Report on horse surra - Volume II, Part II
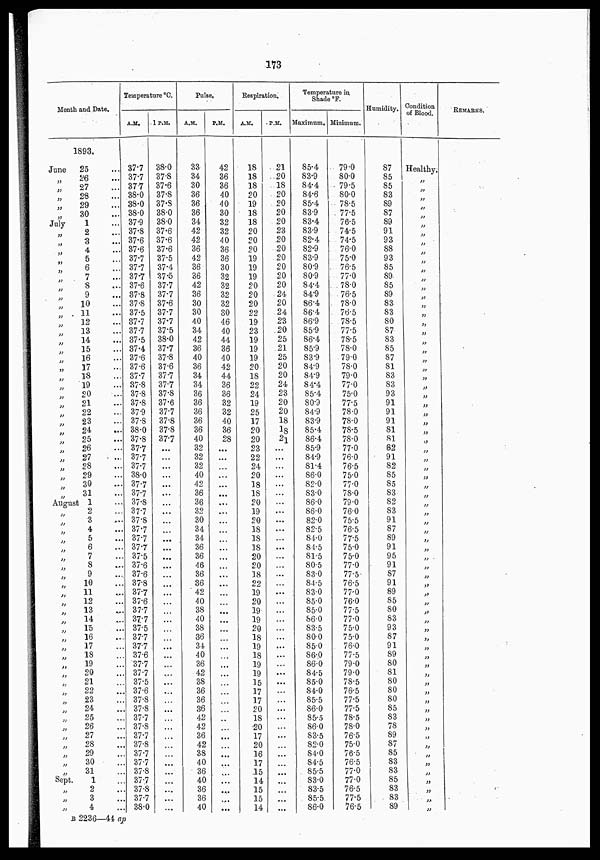
173
Month and Date.
1893.
June
25 ...
„ 26 ...
„ 27 ...
„ 28 ...
„
29 ...
„ 30 ...
July
1 ...
„ 2 ...
„ 3 ...
„ 4 ...
„ 5 ...
„ 6 ...
„ 7 ...
„ 8 ...
„ 9 ...
„ 10 ...
„ 11 ...
„ 12 ...
„
13 ...
„ 14 ...
„ 15 ...
„ 16 ...
„ 17 ...
„
18 ...
„
19 ...
„
20 ...
„
21 ...
„ 22 ...
„
23 ...
„ 24 ...
„
25 ...
„
26 ...
„
27 ...
„
28 ...
„
29 ...
„
30 ...
„
31 ...
August 1 ...
„ 2 ...
„
3 ...
„ 4 ...
„ 5 ...
„ 6 ...
„ 7 ...
„ 8 ...
„
9 ...
„
10 ...
„
11 ...
„
12 ...
„
13 ...
„
14 ...
„ 15 ...
„
16 ...
„
17 ...
„
18 ...
„
19 ...
„
20 ...
„
21 ...
„
22 ...
„
23 ...
„
24 ...
„
25 ...
„
26 ...
„
27 ...
„
28 ...
„
29 ...
„
30 ...
„
31 ...
Sept.
1 ...
„ 2 ...
„ 3 ...
„ 4 ...
Temperature °C.
A.M.
37.7
37.7
37.7
38.0
38.0
38.0
37.9
37.8
37.6
37.6
37.7
37.7
37.7
37.6
37.8
37.8
37.5
37.7
37.7
37.5
37.4
37.6
37.6
37.7
37.8
37.8
37.8
37.9
37.8
38.0
37.8
37.7
37.7
37.7
38.0
37.7
37.7
37.8
37.7
37.8
37.7
37.7
37.7
37.5
37.6
37.6
37.8
37.7
37.6
37.7
37.7
37.5
37.7
37.7
37.6
37.7
37.7
37.5
37.6
37.8
37.8
37.7
37.8
37.7
37.8
37.7
37.7
37.8
37.7
37.8
37.7
38.0
1 P.M.
38.0
37.8
37.6
37.8
37.8
38.0
38.0
37.6
37.6
37.6
37.5
37.4
37.5
37.7
37.7
37.6
37.7
37.7
37.5
38.0
37.7
37.8
37.6
37.7
37.7
37.8
37.6
37.7
37.8
37.8
37.7
...
...
...
...
...
...
...
...
...
...
...
...
...
...
...
...
...
...
...
...
...
...
...
...
...
...
...
...
...
...
...
...
...
...
...
...
...
...
...
...
...
Pulse.
A.M.
33
34
30
36
36
36
34
42
42
36
42
36
36
42
36
30
30
40
34
42
36
40
36
34
34
36
36
36
36
36
40
32
32
32
40
42
36
36
32
30
34
34
36
36
46
36
36
42
40
38
40
38
36
34
40
36
42
38
36
36
36
42
42
36
42
38
40
36
40
36
36
40
P.M.
42
36
36
40
40
30
32
32
40
36
36
30
32
32
32
32
30
46
40
44
36
40
42
44
36
36
32
32
40
36
28
...
...
...
...
...
...
...
...
...
...
...
...
...
...
...
...
...
...
...
....
...
...
...
...
...
...
...
...
...
...
...
...
...
...
...
...
...
...
...
...
...
Respiration.
A.M.
18
18
18
20
19
18
18
20
20
20
19
19
19
20
20
20
22
19
23
19
19
19
20
18
22
24
19
25
17
20
20
23
22
24
20
18
18
20
19
20
18
18
18
20
20
18
22
19
20
19
19
20
18
19
18
19
19
15
17
17
20
18
20
17
20
16
17
15
14
15
15
14
P.M.
21
20
18
20
20
20
20
23
20
20
20
20
20
20
24
20
24
23
20
25
21
25
20
20
24
23
20
20
18
18
21
...
...
...
...
...
...
...
...
...
...
...
...
...
...
...
...
...
...
...
...
...
...
...
...
...
...
...
...
...
...
...
...
...
...
...
...
...
...
...
...
...
Temperature in
Shade °F.
Maximum.
85.4
83.9
84.4
84.6
85.4
83.9
83.4
83.9
82.4
82.9
83.9
80.9
80.9
84.4
84.9
86.4
86.4
86.9
85.9
86.4
85.9
83.9
84.9
84.9
84.4
85.4
80.9
84.9
83.9
85.4
86.4
85.9
84.9
81.4
86.0
82.0
83.0
86.0
86.0
82.0
82.5
84.0
84.5
81.5
80.5
83.0
84.5
83.0
85.0
85.0
86.0
83.5
80.0
85.0
86.0
86.0
84.5
85.0
84.0
85.5
86.0
85.5
86.0
83.5
82.0
84.0
84.5
85.5
83.0
83.5
85.5
86.0
Minimum.
79.0
80.0
79.5
80.0
78.5
77.5
76.5
74.5
74.5
76.0
75.0
76.5
77.0
78.0
76.5
78.0
76.5
78.5
77.5
78.5
78.0
79.0
78.0
79.0
77.0
75.0
77.5
78.0
78.0
78.5
78.0
77.0
76.0
76.5
75.0
77.0
78.0
79.0
76.0
75.5
76.5
77.5
75.0
75.0
77.0
77.5
76.5
77.0
76.0
77.5
77.0
75.0
75.0
76.0
77.5
79.0
79.0
78.5
76.5
77.5
77.5
78.5
78.0
76.5
75.0
76.5
76.5
77.0
77.0
76.5
77.5
76.5
Humidity.
87
85
85
83
89
87
89
91
93
88
93
85
89
85
89
83
83
80
87
83
85
87
81
83
83
93
91
91
91
81
81
82
91
82
85
85
83
82
83
91
87
89
91
95
91
87
91
69
85
80
83
93
87
91
89
80
81
80
80
80
85
83
78
89
87
85
83
83
85
83
83
89
Condition
of Blood.
Healthy.
„
„
„
„
„
„
„
„
„
„
„
„
„
„
„
„
„
„
„
„
„
„
„
„
„
„
„
„
„
„
„
„
„
„
„
„
„
„
„
„
„
„
„
„
„
„
„
„
„
„
„
„
„
„
„
„
„
„
„
„
„
„
„
„
„
„
„
„
„
„
„
REMARKS.
B 2236—44 ap